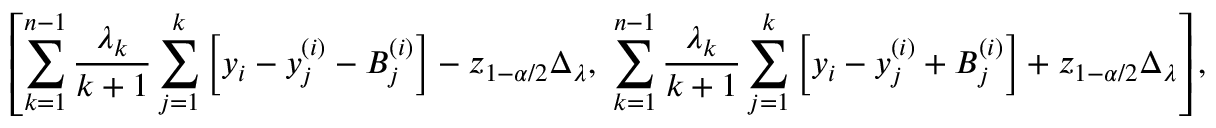
\left[ \sum _ { k = 1 } ^ { n - 1 } \frac { \lambda _ { k } } { k + 1 } \sum _ { j = 1 } ^ { k } \left[ y _ { i } - y _ { j } ^ { ( i ) } - B _ { j } ^ { ( i ) } \right] - z _ { 1 - \alpha / 2 } \Delta _ { \lambda } , \ \sum _ { k = 1 } ^ { n - 1 } \frac { \lambda _ { k } } { k + 1 } \sum _ { j = 1 } ^ { k } \left[ y _ { i } - y _ { j } ^ { ( i ) } + B _ { j } ^ { ( i ) } \right] + z _ { 1 - \alpha / 2 } \Delta _ { \lambda } \right] ,